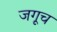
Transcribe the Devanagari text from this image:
जगूच